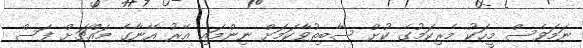
ނަމަވެސް މީހަކު މެރިކަމުގެ ކުށް ސާބިތުވާކަމަށް ނިންމައި އޭރު އޭނާގެ މައްޗަށް ފަސް